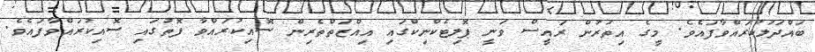
ބައްދަލުކުރައްވާފައެވެ. މީގެ އިތުރުން ރައީސް ވަނީ ޕޮލިޓެކްނިކްގައި އިއްޒަތްތެރިން ސޮއިކުރައްވާ ފޮތުގައި ސޮއިކުރައްވާފައެވެ.